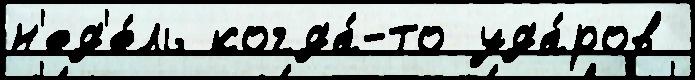
н'ед'е́ль когда́-то уда́ров